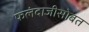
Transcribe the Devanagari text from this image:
फलंदाजीसोबत